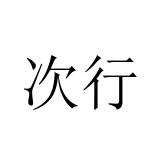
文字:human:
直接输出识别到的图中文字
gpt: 次行